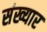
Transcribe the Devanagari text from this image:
संख्यार